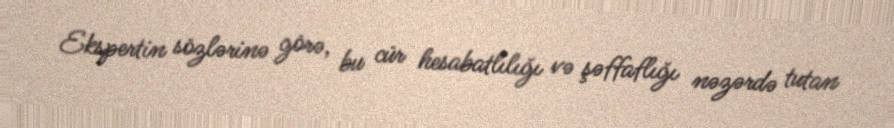
Ekspertin sözlərinə görə, bu cür hesabatlılığı və şəffaflığı nəzərdə tutan